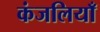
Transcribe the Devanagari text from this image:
कंजलियाँ